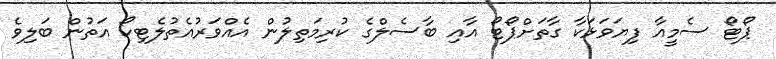
ޕޯޓޯ ސެމީއާ ފިޔަވަޅަކާ ގާތަށްޕޯޓޯ އާއި ބާސެލްގެ ކުރިމަތިލުން އެއްވަރުއެތުލެޓިކޯ އަތުން ބަލިވެ